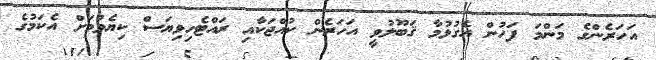
އަހަރެންގެ މަންމަ ފަހުން އެގުޅުމާ ޤަބޫލުވީ އަހަރެން ކުއްޖަކާއި ރައްޓެހިވިޔަސް ކިޔެވުމަށް އެކަމުގެ